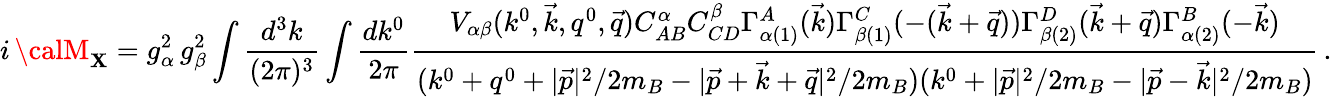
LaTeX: i\, {\calM}_{\mathbf{X}}=g_{\alpha}^{2}\, g_{\beta}^{2}\int{\frac{{d^{3}k}}{{(2\pi)^{3}}}}\int{\frac{{dk^{0}}}{{2\pi}}}{\frac{{V_{\alpha\beta}(k^{0},\vec{{k}},q^{0},\vec{{q}})C_{AB}^{\alpha}C_{CD}^{\beta}\Gamma_{\alpha(1)}^{A}(\vec{{k}})\Gamma_{\beta(1)}^{C}(-(\vec{{k}}+\vec{{q}}))\Gamma_{\beta(2)}^{D}(\vec{{k}}+\vec{{q}})\Gamma_{\alpha(2)}^{B}(-\vec{{k}})}}{{(k^{0}+q^{0}+{|\vec{{p}}|^{2}/2m_{B}}-{|\vec{{p}}+\vec{{k}}+\vec{{q}}|^{2}/2m_{B}})(k^{0}+{|\vec{{p}}|^{2}/2m_{B}}-{|\vec{{p}}-\vec{{k}}|^{2}/2m_{B}})}}}\, .